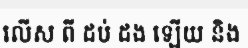
លើស ពី ដប់ ដង ឡើយ និង